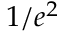
1 / e ^ { 2 }